Report of the Municipal Commissioner on the plague in Bombay for the year ending 31st May... - Volume 2
Disease focus: Plague
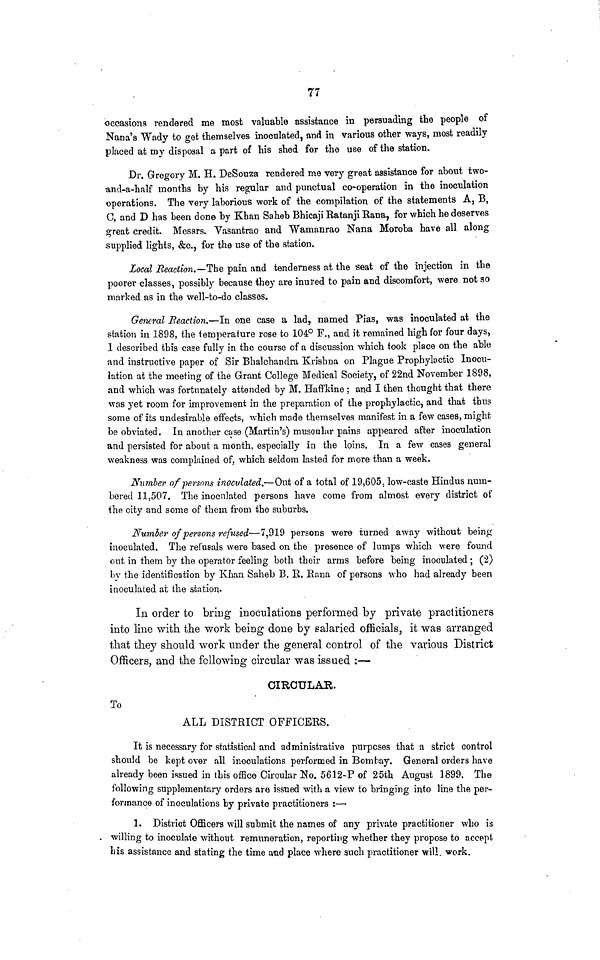
77
occasions rendered me most valuable assistance in persuading the people of
Nana's Wady to get themselves inoculated, and in various other ways, most readily
placed at my disposal a part of his shed for the use of the station.
Dr. Gregory M. H. DeSouza rendered me very great assistance for about two-
and-a-half months by his regular and punctual co-operation in the inoculation
operations. The very laborious work of the compilation of the statements A, B,
0, and D has been done by Khan Saheb Bhicaji Ratanji Rana, for which he deserves
great credit. Messrs. Vasantrao and Wamanrao Nana Moroba have all along
supplied lights, &c., for the use of the station.
Local Reaction.—The pain and tenderness at the seat of the injection in the
poorer classes, possibly because they are inured to pain and discomfort, were not so
marked as in the well-to-do classes.
General Reaction.—In one case a lad, named Pias, was inoculated at the
station in 1898, the temperature rose to 104° F., and it remained high for four days,
1 described this case fully in the course of a discussion which took place on the able
and instructive paper of Sir Bhalchandra Krishna on Plague Prophyloctic Inocu-
lation at the meeting of the Grant College Medical Society, of 22nd November 1898,
and which was fortunately attended by M. Haffkine; and I then thought that there
was yet room for improvement in the preparation of the prophylactic, and that thus
some of its undesirable effects, which made themselves manifest in a few cases, might
be obviated. In another case (Martin's) muscular pains appeared after inoculation
and persisted for about a month, especially in the loins. In a few cases general
weakness was complained of, which seldom lasted for more than a week.
Number of persons inoculated t~— Qui of a total of 19,605 low-caste Hindus num-
bered 11,507. The inoculated persons have come from almost every district of
the city and some of them from the suburbs.
Number of persons refused—7,919 persons were turned away without being
inoculated. The refusals were based on the presence of lumps which were found
out in them by the operator feeling both their arms before being inoculated; (2)
by the identification by Khan Saheb B. E. Rana of persons who had already been
inoculated at the station.
In order to bring inoculations performed by private practitioners
into line with the work being done by salaried officials, it was arranged
that they should work under the general control of the various District
Officers, and the following circular was issued :—
CIRCULAR.
To
ALL DISTRICT OFFICERS.
It is necessary for statistical and administrative purposes that a strict control
should be kept over all inoculations performed in Bombay. General orders have
already been issued in this office Circular No. 5612-P of 25th August 1899. The
following supplementary orders are issued with a view to bringing into line the per-
formance of inoculations by private practitioners :—
1. District Officers will submit the names of any private practitioner who is
willing to inoculate without remuneration, reporting whether they propose to accept
his assistance and stating the time and place where such practitioner will work.